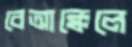
বেআক্কেলে